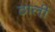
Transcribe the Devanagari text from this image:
ठाली